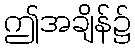
ဤအချိန်၌